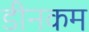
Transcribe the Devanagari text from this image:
डीनकम